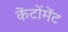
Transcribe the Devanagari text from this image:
केंटोंमेंट